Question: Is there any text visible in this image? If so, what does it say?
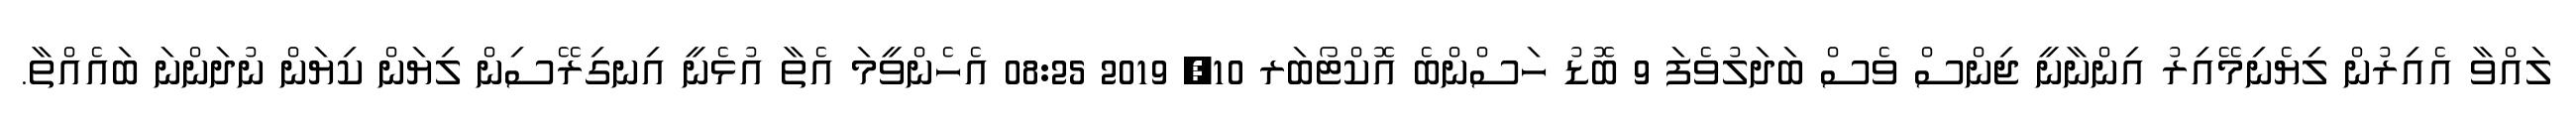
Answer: ލައްވާ އެއިރުން ލިޔެނިމޭއިރު އިންނާނީ ޖިންސް ވެސް ބަދަލުވެފަ 9 ބޮޑު ހަސްންބެ އޮކްޓޯބަރ 10, 2019 08:25 އެހެންވީމަ އެތާ އުޅެނީ އިނގިރޭސިން ލިޔަން ކިޔަން ނުދަންނަ ބައެއްތާ.